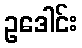
ဥဒေါင်း